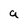
Character: a